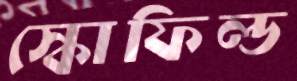
স্কোফিল্ড